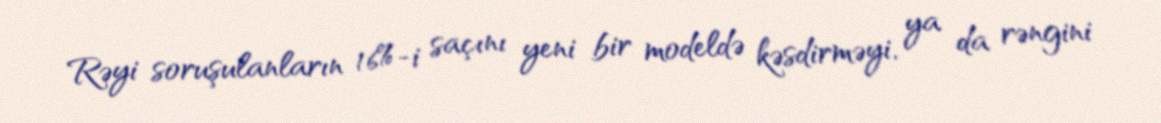
Rəyi soruşulanların 16%-i saçını yeni bir modeldə kəsdirməyi, ya da rəngini